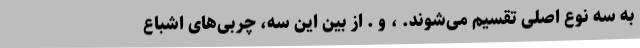
به سه نوع اصلی تقسیم می‌شوند. ، و . از بین این سه، چربی‌های اشباع